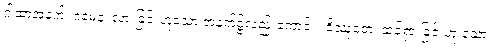
ဂါထာအနက်၊ ဂမေန၊ လားခြင်းဟူသော အနက်၌လည်းကောင်း။ ဝိဿုတေ၊ ထင်ရှားခြင်းဟူ သော